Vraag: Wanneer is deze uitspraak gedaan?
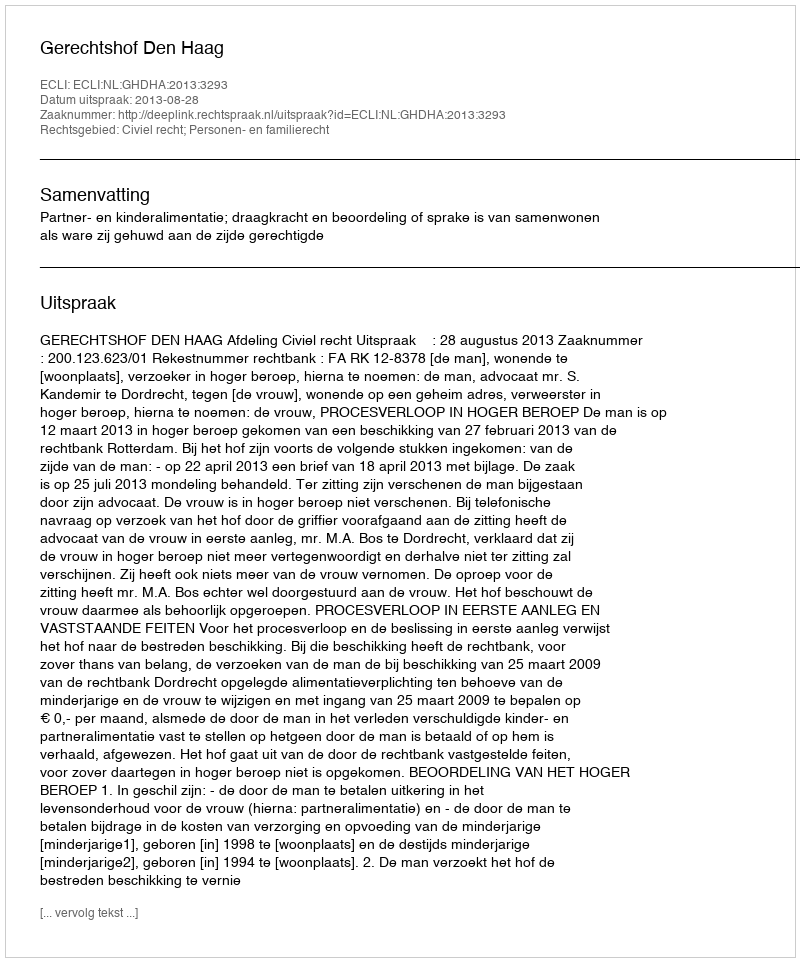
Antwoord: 2013-08-28